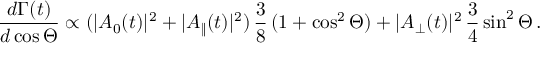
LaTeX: \frac { d \Gamma ( t ) } { d \cos \Theta } \propto ( | A _ { 0 } ( t ) | ^ { 2 } + | A _ { \| } ( t ) | ^ { 2 } ) \, \frac { 3 } { 8 } \, ( 1 + \cos ^ { 2 } \Theta ) + | A _ { \perp } ( t ) | ^ { 2 } \, \frac { 3 } { 4 } \sin ^ { 2 } \Theta \, .